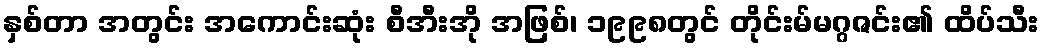
နှစ်တာ အတွင်း အကောင်းဆုံး စီအီးအို အဖြစ်၊ ၁၉၉၈တွင် တိုင်းမ်မဂ္ဂဇင်း၏ ထိပ်သီး